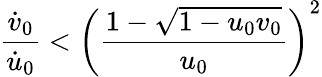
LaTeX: \frac{\dot{v}_{0}}{\dot{u}_{0}}<\left(\frac{1-\sqrt{1-u_{0}v_{0}}}{u_{0}}\right)^{2}